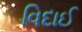
વિદાઈ